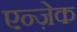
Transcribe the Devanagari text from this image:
एन्ज़ेक